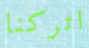
اتركنا